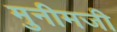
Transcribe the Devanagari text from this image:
मुनीमजी